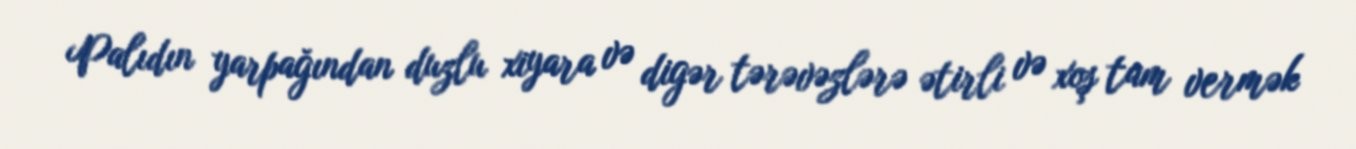
Palıdın yarpağından duzlu xiyara və digər tərəvəzlərə ətirli və xoş tam vermək